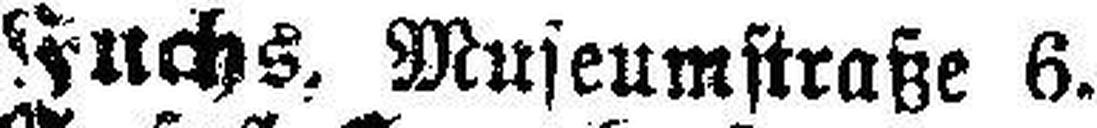
Fuchs, Museumstraße 6.